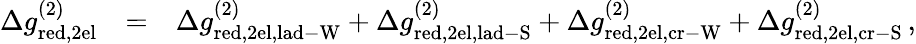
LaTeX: \begin{array}{rlr}{\Delta g_{\mathrm{red,2el}}^{(2)}}&{=}&{\Delta g_{\mathrm{red,2el,lad-W}}^{(2)}+\Delta g_{\mathrm{red,2el,lad-S}}^{(2)}+\Delta g_{\mathrm{red,2el,cr-W}}^{(2)}+\Delta g_{\mathrm{red,2el,cr-S}}^{(2)}\, ,}\end{array}